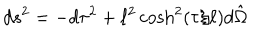
LaTeX: d s ^ { 2 } = - d \tau ^ { 2 } + \ell ^ { 2 } \cosh ^ { 2 } \left( \tau / \ell \right) d \hat { \Omega }